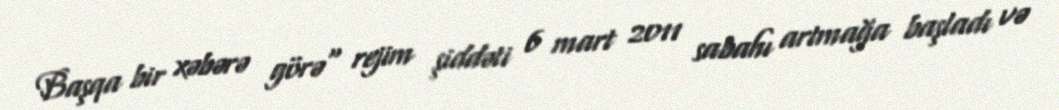
Başqa bir xəbərə görə" rejim şiddəti 6 mart 2011 sabahı artmağa başladı və